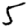
Digit: 5